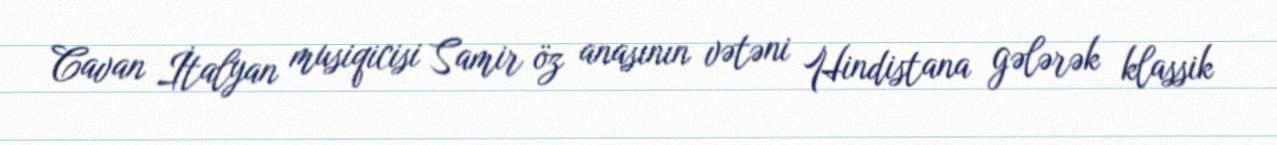
Cavan İtalyan musiqicisi Samir öz anasının vətəni Hindistana gələrək klassik